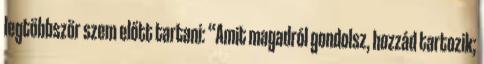
legtöbbször szem előtt tartani: “Amit magadról gondolsz, hozzád tartozik;